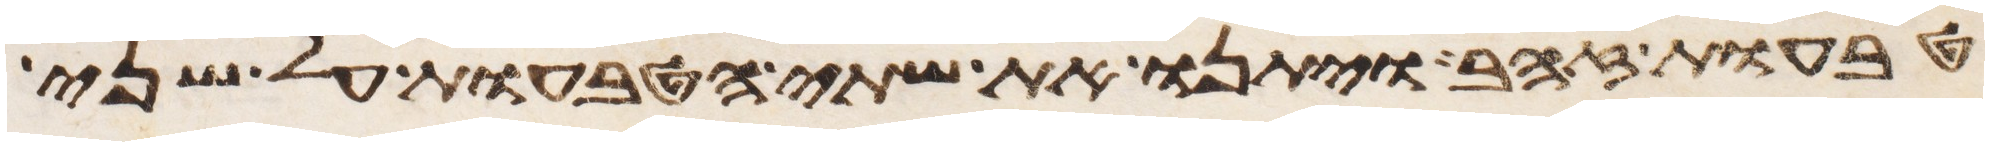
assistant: טבעות זהב ויתנו את שתי הטבעות על שני